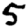
Digit: 5